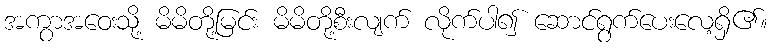
အကွာအဝေးသို့ မိမိတို့မြင်း မိမိတို့စီးလျက် လိုက်ပါ၍ ဆောင်ရွက်ပေးလေ့ရှိ၏။